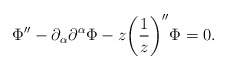
\begin{align*}\Phi'' - \partial_{\alpha}\partial^{\alpha} \Phi - z \biggl( \frac{1}{z}\biggr)'' \Phi=0.\end{align*}